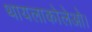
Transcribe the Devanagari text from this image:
थायलाकोलेओ।